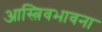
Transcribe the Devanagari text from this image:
आस्त्रिवभावना